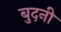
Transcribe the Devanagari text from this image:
बुदनी